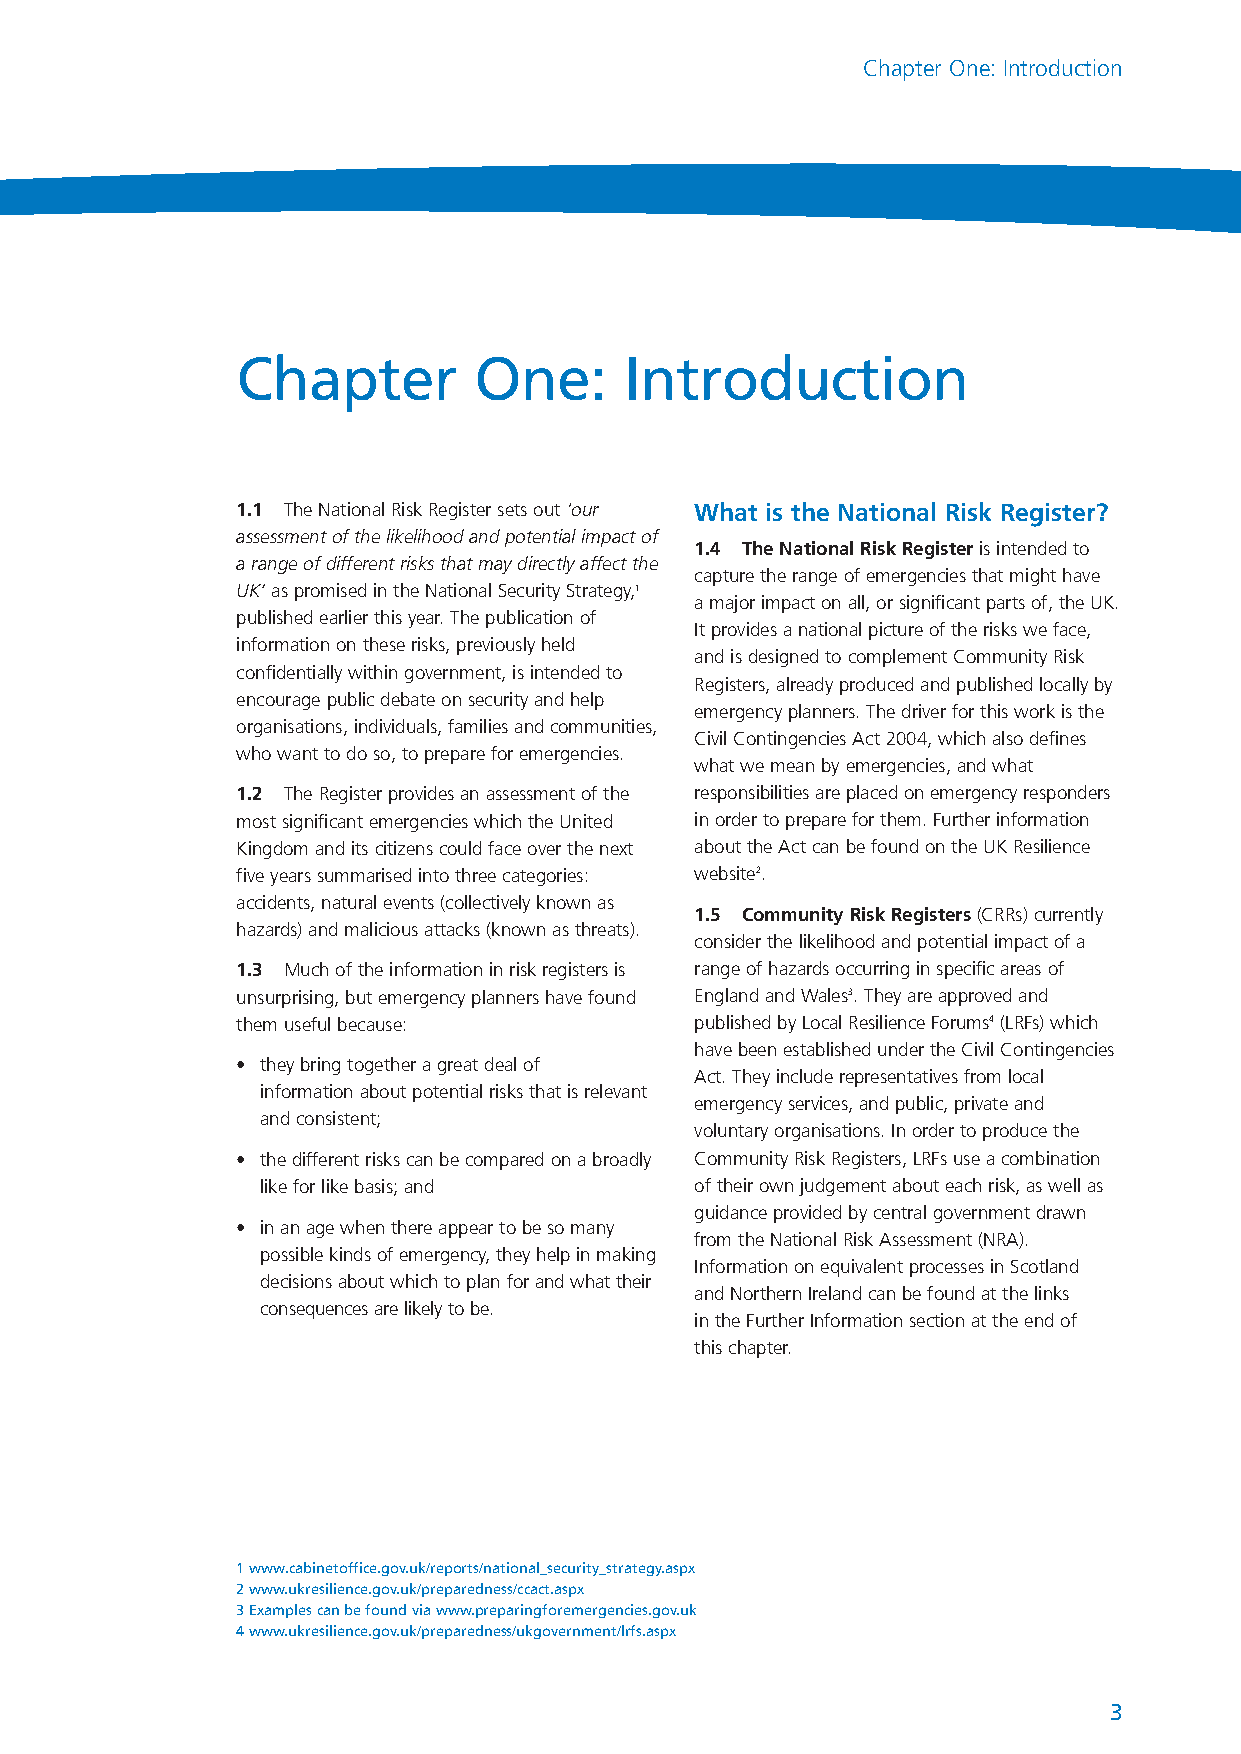
NationalRiskRegister_289116 17/7/08 2:22 pm Page 3
 Chapter One: Introduction
 Chapter         One:     Introduction
 1.1 The National Risk Register sets out ‘our What is the National Risk Register?
 assessment of the likelihood and potential impact of
 1.4 The National Risk Registeris intended to
 a range of different risks that may directly affect the
 capture the range of emergencies that might have
 UK’ as promised in the National Security Strategy,1
 a major impact on all, or significant parts of, the UK.
 published earlier this year. The publication of
 It provides a national picture of the risks we face,
 information on these risks, previously held
 and is designed to complement Community Risk
 confidentially within government, is intended to
 Registers, already produced and published locally by
 encourage public debate on security and help
 emergency planners. The driver for this work is the
 organisations, individuals, families and communities,
 Civil Contingencies Act 2004, which also defines
 who want to do so, to prepare for emergencies.
 what we mean by emergencies, and what
 1.2 The Register provides an assessment of the responsibilities are placed on emergency responders
 most significant emergencies which the United in order to prepare for them. Further information
 Kingdom and its citizens could face over the next about the Act can be found on the UK Resilience
 five years summarised into three categories: website2.
 accidents, natural events (collectively known as
 1.5 Community Risk Registers(CRRs) currently
 hazards) and malicious attacks (known as threats).
 consider the likelihood and potential impact of a
 1.3 Much of the information in risk registers is range of hazards occurring in specific areas of
 unsurprising, but emergency planners have found England and Wales3. They are approved and
 them useful because:          published by Local Resilience Forums4(LRFs) which
 have been established under the Civil Contingencies
 • they bring together a great deal of
 Act. They include representatives from local
 information about potential risks that is relevant
 emergency services, and public, private and
 and consistent;
 voluntary organisations. In order to produce the
 • the different risks can be compared on a broadly Community Risk Registers, LRFs use a combination
 like for like basis; and     of their own judgement about each risk, as well as
 guidance provided by central government drawn
 • in an age when there appear to be so many
 from the National Risk Assessment (NRA).
 possible kinds of emergency, they help in making
 Information on equivalent processes in Scotland
 decisions about which to plan for and what their
 and Northern Ireland can be found at the links
 consequences are likely to be.
 in the Further Information section at the end of
 this chapter.
 1 www.cabinetoffice.gov.uk/reports/national_security_strategy.aspx
 2 www.ukresilience.gov.uk/preparedness/ccact.aspx
 3 Examples can be found via www.preparingforemergencies.gov.uk
 4 www.ukresilience.gov.uk/preparedness/ukgovernment/lrfs.aspx
 3